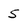
Character: 5